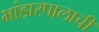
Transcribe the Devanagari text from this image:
भांडारपालाची